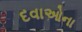
દવાઓના